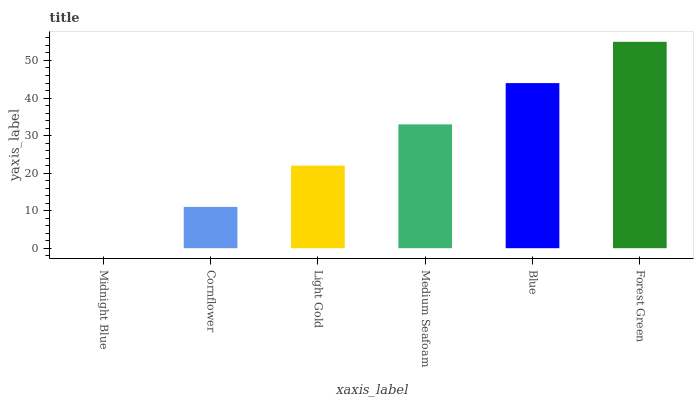
| xaxis_label | bars |
 | --- | --- |
 | Midnight Blue | 0 |
 | Cornflower | 11 |
 | Light Gold | 22 |
 | Medium Seafoam | 33 |
 | Blue | 44 |
 | Forest Green | 55 |